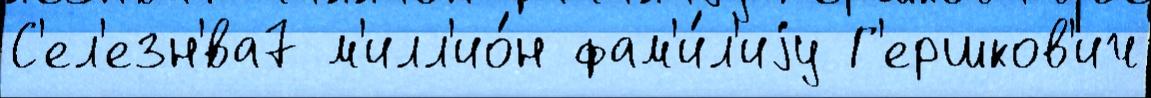
С'ел'езн'́ва7 м'илл'ио́н фам'и́л'иjу Г'ершков'ич